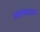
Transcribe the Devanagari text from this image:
आत्मतत्वज्ञान